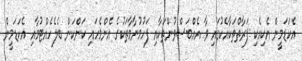
އެކަޑަމީން އެކިއެކި ފަރާތްތަކާއެކުގައި ވާ އެއްބަސްވުންތަކާއި ފަހުމުނާމާތަކުގެ އެންމެހައި ކަންކަން ބެލެހެއްޓުމާއި އެކަޑަމީން